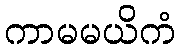
ကာမမယိကံ